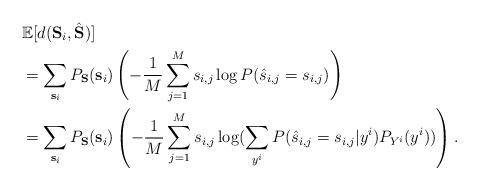
LaTeX: \begin{align*} &\mathbb{E}[ d({\bf S}_i, \hat{\bf S} ) ] \\& = \sum_{ {\bf s}_i} P_{ \bf S}( {\bf s}_i) \left( - \frac{1}{M} \sum_{j=1}^M s_{i,j} \log P( \hat{s}_{i,j}= s_{i,j}) \right) \\& = \sum_{ {\bf s}_i} P_{ \bf S}( {\bf s}_i) \left( - \frac{1}{M} \sum_{j=1}^M s_{i,j} \log( \sum_{y^i} P( \hat{s}_{i,j}= s_{i,j} | y^i) P_{Y^i}(y^i) ) \right). \end{align*}